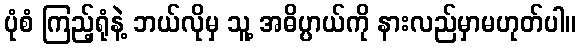
ပုံစံ ကြည့်ရုံနဲ့ ဘယ်လိုမှ သူ့ အဓိပ္ပာယ်ကို နားလည်မှာမဟုတ်ပါ။